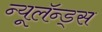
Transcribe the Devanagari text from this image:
न्यूलॅन्ड्स